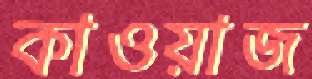
কাওয়াজ